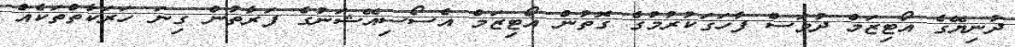
ދުނިޔޭގެ އޯޓިޒަމް ދުވަސް ފާހަގަކުރުމުގެ ގޮތުން އޯޓިޒަމް އެސޯސިއޭޝަނުގެ ފަރާތުން ގިނަ ހަރަކާތްތަކެއް